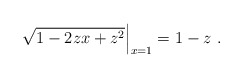
\begin{align*}\sqrt{1-2zx+z^2}\Big|_{x=1} = 1-z\ .\end{align*}